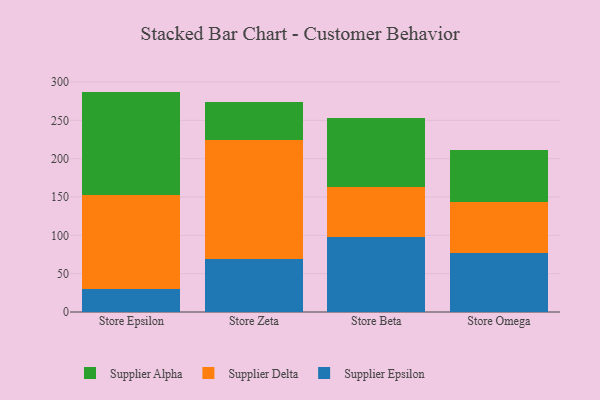
{"axis": {"x": "Store", "y": "Tickets Resolved"}, "legend": ["Supplier Alpha", "Supplier Delta", "Supplier Epsilon"], "data": [{"x": "Store Epsilon", "y": 29.9, "type": "Supplier Epsilon"}, {"x": "Store Epsilon", "y": 122.1, "type": "Supplier Delta"}, {"x": "Store Epsilon", "y": 135.5, "type": "Supplier Alpha"}, {"x": "Store Zeta", "y": 68.7, "type": "Supplier Epsilon"}, {"x": "Store Zeta", "y": 156.1, "type": "Supplier Delta"}, {"x": "Store Zeta", "y": 48.8, "type": "Supplier Alpha"}, {"x": "Store Beta", "y": 97.9, "type": "Supplier Epsilon"}, {"x": "Store Beta", "y": 65.6, "type": "Supplier Delta"}, {"x": "Store Beta", "y": 89.6, "type": "Supplier Alpha"}, {"x": "Store Omega", "y": 76.8, "type": "Supplier Epsilon"}, {"x": "Store Omega", "y": 67.1, "type": "Supplier Delta"}, {"x": "Store Omega", "y": 67.4, "type": "Supplier Alpha"}]}